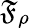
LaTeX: \mathfrak{F}_{\rho}